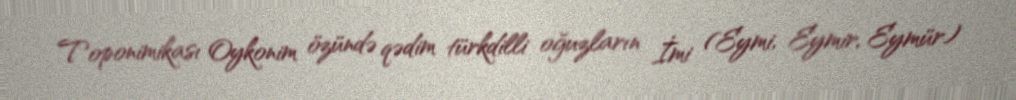
Toponimikası Oykonim özündə qədim türkdilli oğuzların İmi (Eymi, Eymir, Eymür)